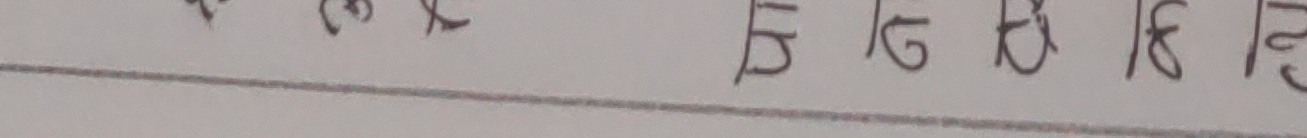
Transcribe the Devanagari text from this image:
हिगफकेहि